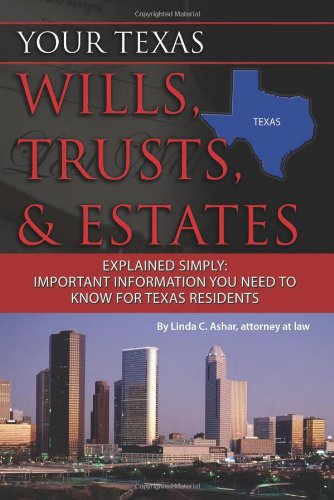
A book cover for Your Texas Wills, Trusts, & Estates Explained Simply: Important Information You Need to Know for Texas Residents; Linda C. Ashar  Attorney at Law; Law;